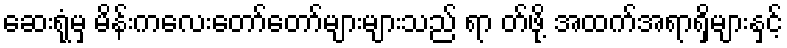
ဆေးရုံမှ မိန်းကလေးတော်တော်များများသည် ရာ တ်ဖို့ အထက်အရာရှိများနှင့်